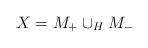
LaTeX: \begin{align*}X=M_+\cup_H M_-\end{align*}